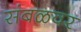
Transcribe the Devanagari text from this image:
संबळवर